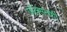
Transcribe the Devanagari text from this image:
जॅक्सनशी